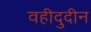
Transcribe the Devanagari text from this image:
वहीदुदीन